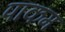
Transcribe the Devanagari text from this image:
पाकम